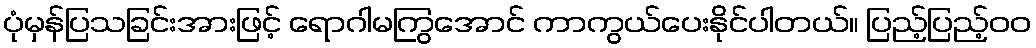
ပုံမှန်ပြသခြင်းအားဖြင့် ရောဂါမကြွအောင် ကာကွယ်ပေးနိုင်ပါတယ်။ ပြည့်ပြည့်ဝဝ